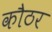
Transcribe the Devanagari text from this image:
कौठर